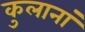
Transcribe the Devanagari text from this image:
कुलानां